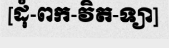
[ដុំ-ពក-វិត-ទ្យា]